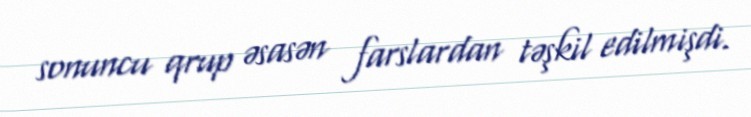
sonuncu qrup əsasən farslardan təşkil edilmişdi.